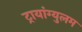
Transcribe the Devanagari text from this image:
ट्रायांग्युलम